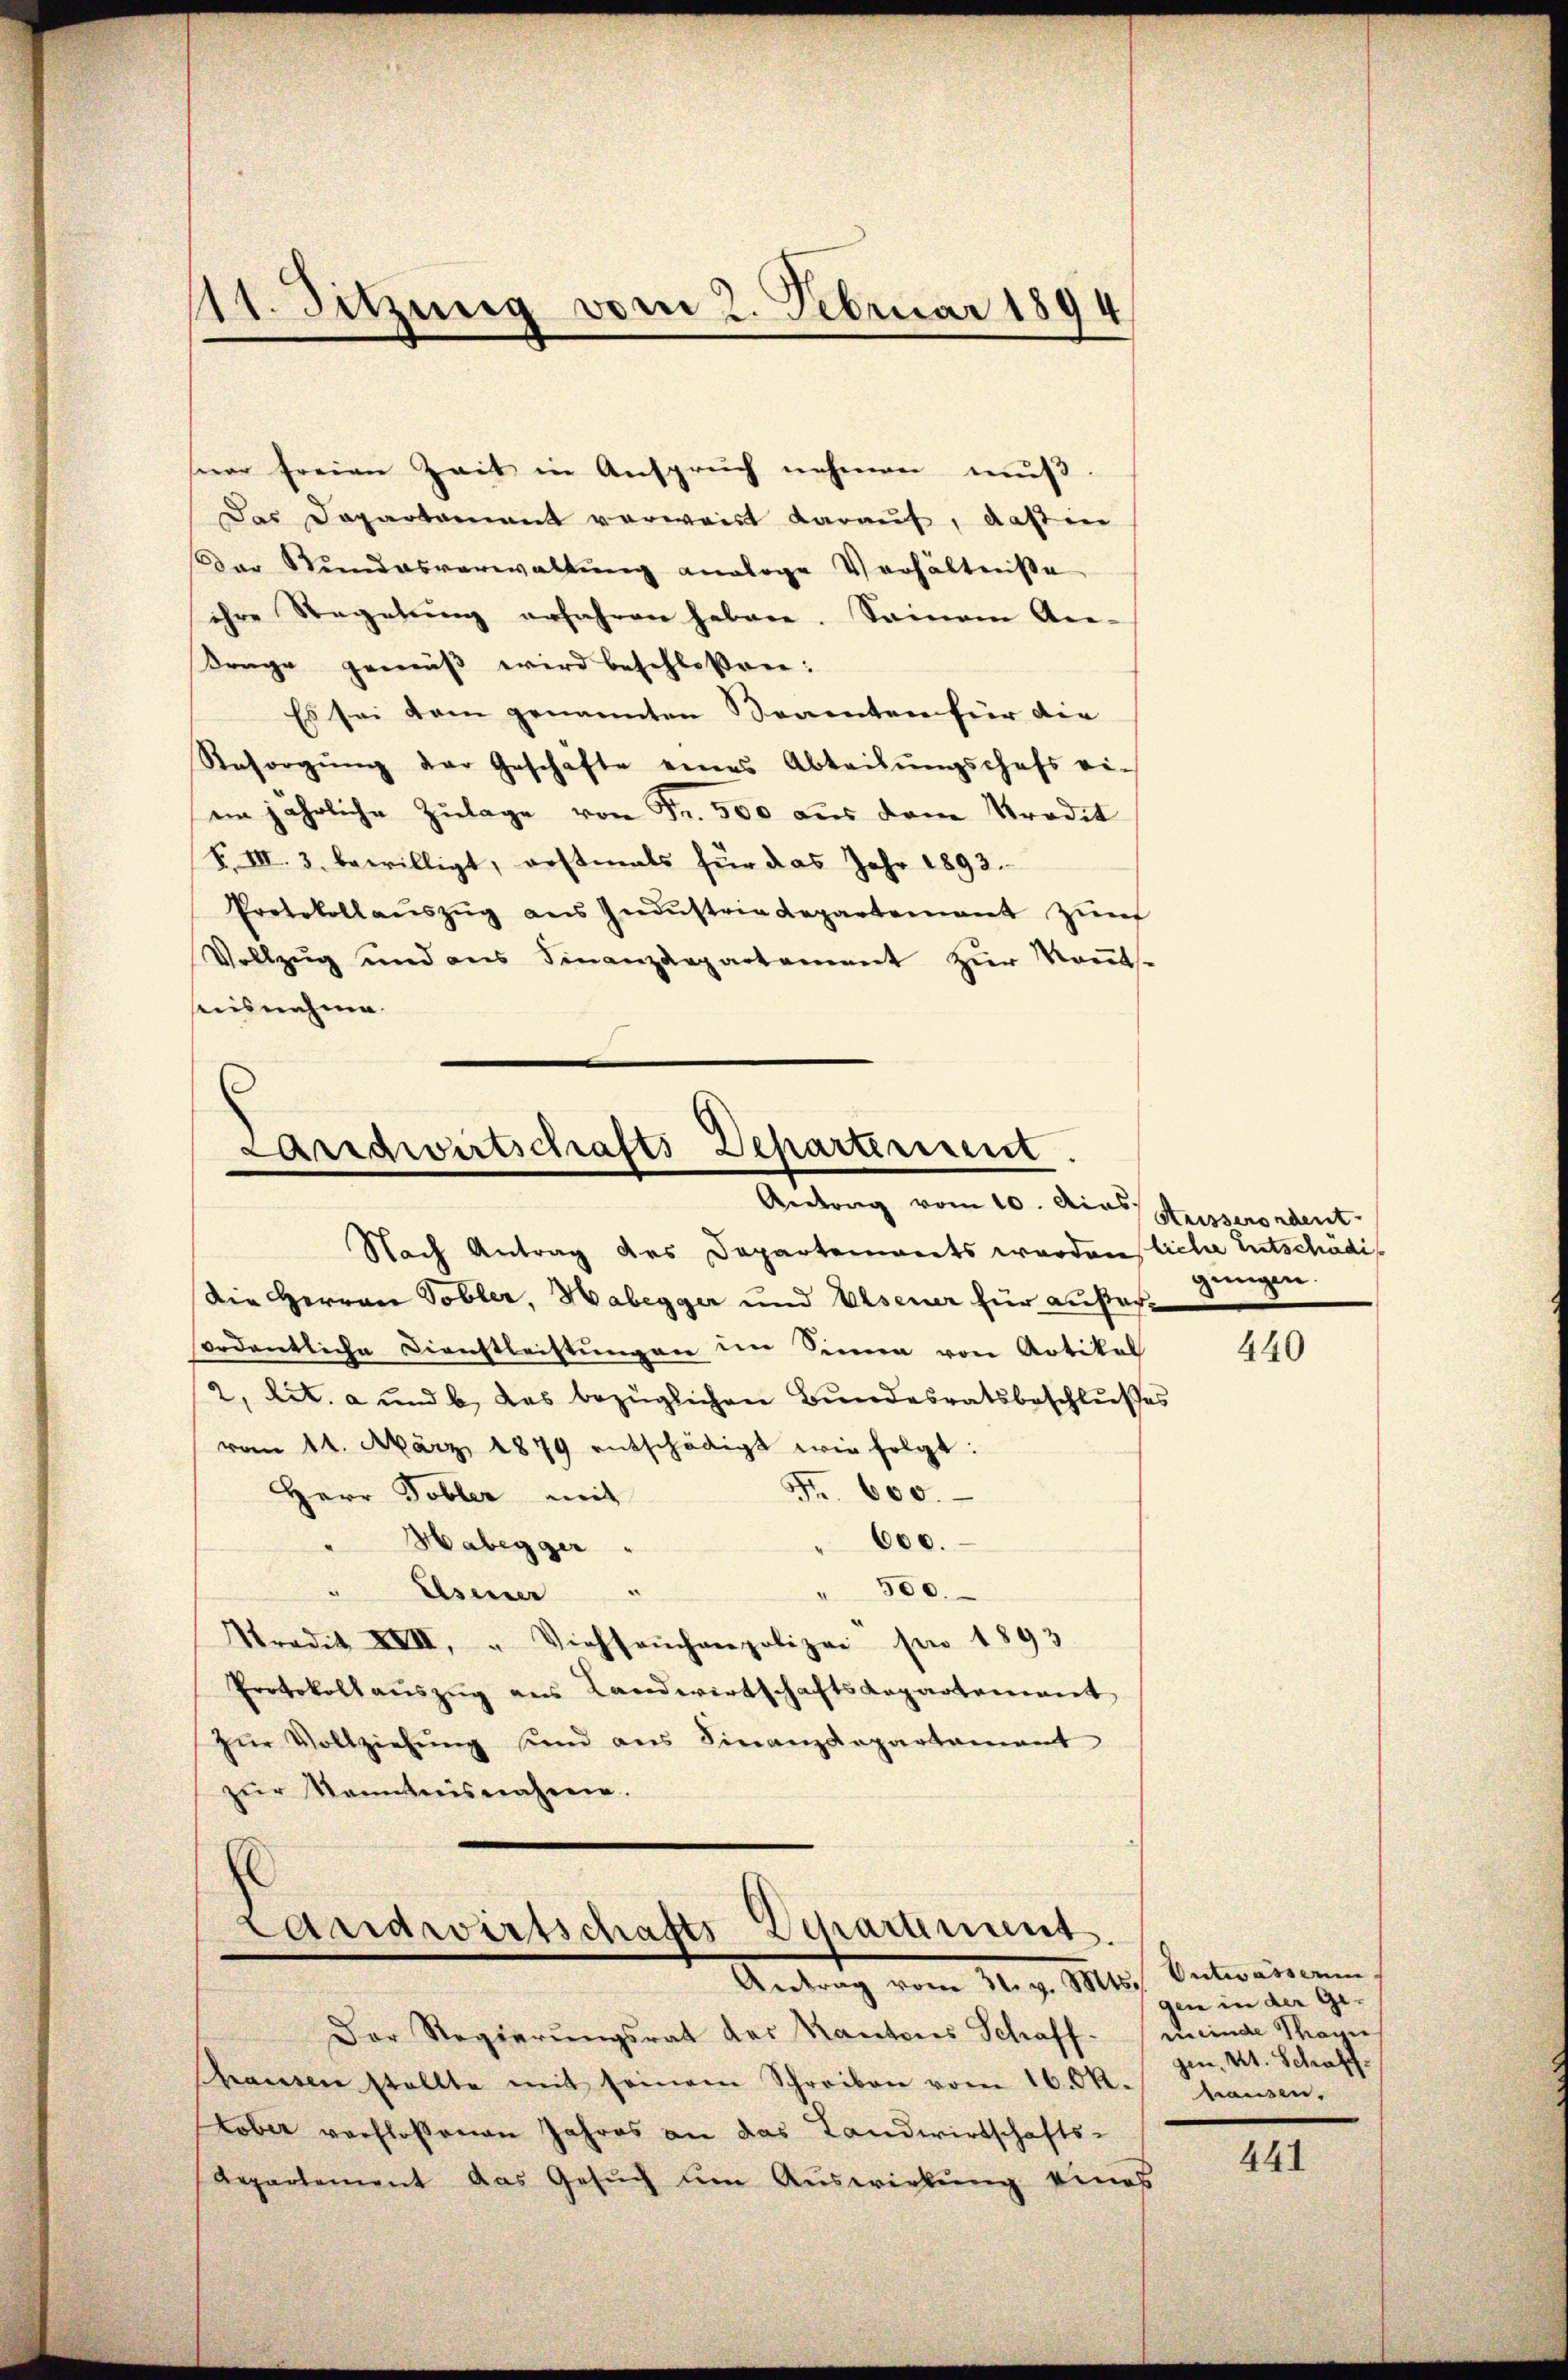
11. Sitzung vom 2. Februar 1894

Das Departamant verwaist daraŭf, daß in
Der Kundesverwaltŭng analoge Verhältnisse
ihre Regelŭng erfahren haben. Seinem An-
Frage gemäß wird beschlossen:
Es sei dem genannten Beamten für die
Resorgŭng der Geschäfte eines Abteilŭngschefs ei-
in jährliche Zulage von Fr. 500 aus dem Tradit
F. VIII. 3. bewilligt, erstmals für das Jahr 1892.
Protokollaŭszŭg ans Indŭstria Repartement zŭr
Vollzug und aus Finanzdepartement zur Konts-
hrnisnahme.

ser freien Zeit in Anspruch nehmen mŭβ.

.
Landwirtschafts-Departement
Antrag vom 10. dies Suisserordent
Nach Antrag des Departements werden, liche Entschädi¬

Die Herren Tobler, Habegger und Elsener für außerordentliche Dienstleistungen im Sinne von Artikel
2, lit. a und b., das bezüglichen Bundesratsbeschlusses
vom 11. März 1879 entschädigt wir folgt:
Fr. 600.
Herr Tobler mit
600.
"Haberger
" 300.
" Esener "
Stradit XVII. " Viehseuchenpolizei son 1893
Protokollauszug aus Landwirtschaftsdepartement
Zŭr Vollziehŭng sind ans Finanzdepartament
zur Kenntnisnahme.

E
Landwirtschafts Departement.
Antrag vom 31. v. Mts. Entwässern.

Der Regierungsrat das Kantons Schaffhausen stellte mit seinem Schreiben vom 16. Okt. hausen,
Kober verfloßenen Jahres an das Landwirtschafts-
Repartement das Gesuch um Auswirkung eines

gungen.

440

gen in der Geminde Thann
gen, Kt. Schaff¬

441